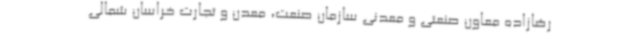
رضازاده معاون صنعتی و معدنی سازمان صنعت، معدن و تجارت خراسان شمالی